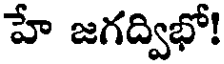
హే జగద్విభో!